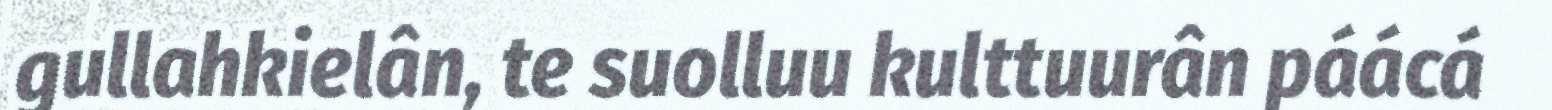
gullahkielân, te suolluu kulttuurân páácá